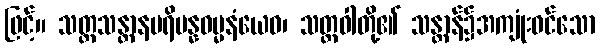
ဖြင့်။ သတ္တသန္တာနပရိပန္နဓမ္မနံယေဝ၊ သတ္တဝါတို့၏ သန္တာန်၌အကျုံးဝင်သော